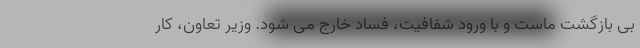
بی بازگشت ماست و با ورود شفافیت، فساد خارج می شود. وزیر تعاون، کار